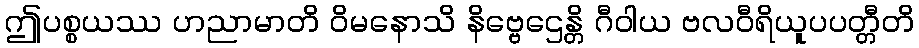
ဤပစ္စယဿ ဟညာမာတိ ဝိမနောသိ နိဗ္ဗေဌေန္တိ ဂီဝါယ ဗလဝီရိယူပပတ္တီတိ